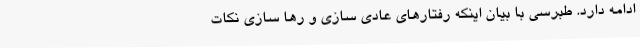
ادامه دارد. طبرسی با بیان اینکه رفتارهای عادی سازی و رها سازی نکات